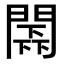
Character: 𨵰